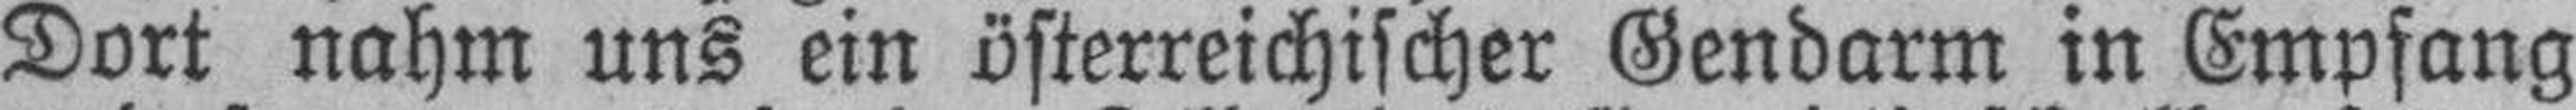
Dort nahm uns ein österreichischer Gendarm in Empfang